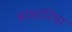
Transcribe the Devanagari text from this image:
बामरनिया